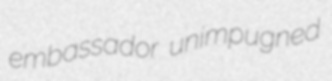
embassador unimpugned